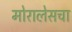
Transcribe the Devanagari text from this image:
मोरालेसचा